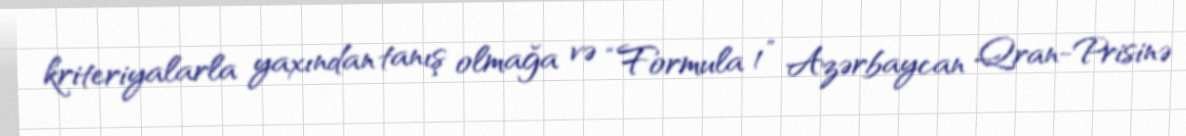
kriteriyalarla yaxından tanış olmağa və “Formula 1” Azərbaycan Qran-Prisinə